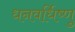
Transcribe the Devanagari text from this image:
धनवर्धिष्णु